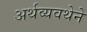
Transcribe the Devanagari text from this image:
अर्थव्यवथेने